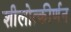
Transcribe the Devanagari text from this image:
शीलोत्कीर्णन